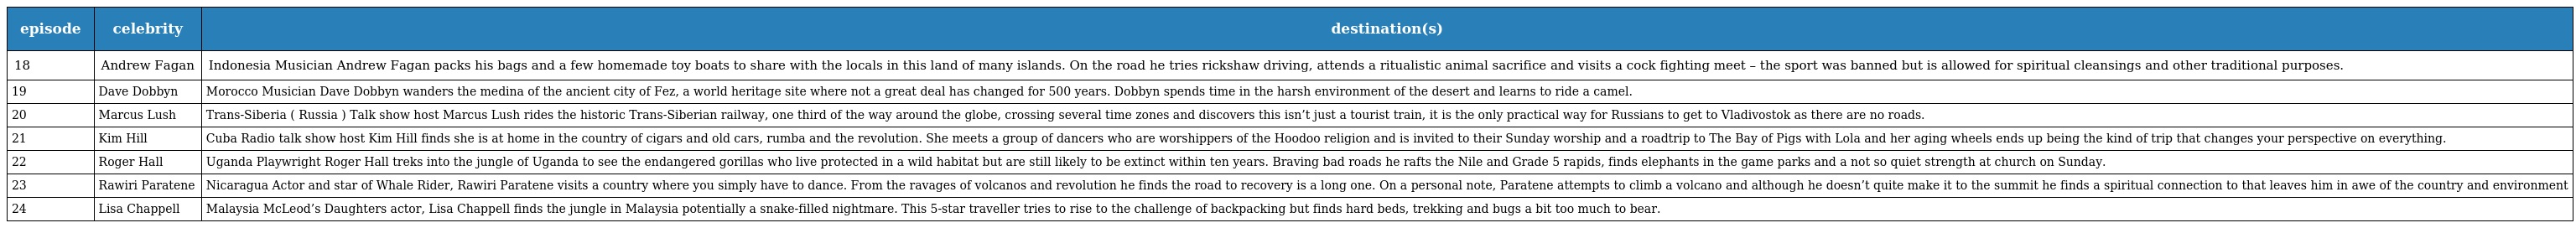
| episode | celebrity | destination(s) |
 | --- | --- | --- |
 | 18 | Andrew Fagan | Indonesia Musician Andrew Fagan packs his bags and a few homemade toy boats to share with the locals in this land of many islands. On the road he tries rickshaw driving, attends a ritualistic animal sacrifice and visits a cock fighting meet – the sport was banned but is allowed for spiritual cleansings and other traditional purposes. |
 | 19 | Dave Dobbyn | Morocco Musician Dave Dobbyn wanders the medina of the ancient city of Fez, a world heritage site where not a great deal has changed for 500 years. Dobbyn spends time in the harsh environment of the desert and learns to ride a camel. |
 | 20 | Marcus Lush | Trans-Siberia ( Russia ) Talk show host Marcus Lush rides the historic Trans-Siberian railway, one third of the way around the globe, crossing several time zones and discovers this isn’t just a tourist train, it is the only practical way for Russians to get to Vladivostok as there are no roads. |
 | 21 | Kim Hill | Cuba Radio talk show host Kim Hill finds she is at home in the country of cigars and old cars, rumba and the revolution. She meets a group of dancers who are worshippers of the Hoodoo religion and is invited to their Sunday worship and a roadtrip to The Bay of Pigs with Lola and her aging wheels ends up being the kind of trip that changes your perspective on everything. |
 | 22 | Roger Hall | Uganda Playwright Roger Hall treks into the jungle of Uganda to see the endangered gorillas who live protected in a wild habitat but are still likely to be extinct within ten years. Braving bad roads he rafts the Nile and Grade 5 rapids, finds elephants in the game parks and a not so quiet strength at church on Sunday. |
 | 23 | Rawiri Paratene | Nicaragua Actor and star of Whale Rider, Rawiri Paratene visits a country where you simply have to dance. From the ravages of volcanos and revolution he finds the road to recovery is a long one. On a personal note, Paratene attempts to climb a volcano and although he doesn’t quite make it to the summit he finds a spiritual connection to that leaves him in awe of the country and environment |
 | 24 | Lisa Chappell | Malaysia McLeod’s Daughters actor, Lisa Chappell finds the jungle in Malaysia potentially a snake-filled nightmare. This 5-star traveller tries to rise to the challenge of backpacking but finds hard beds, trekking and bugs a bit too much to bear. |